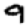
Digit: 9